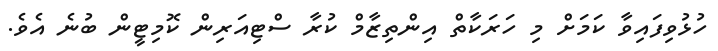
ހުޅުވިފައިވާ ކަމަށް މި ހަރަކާތް އިންތިޒާމް ކުރާ ސްޓިއަރިން ކޮމިޓީން ބުނެ އެވެ.